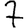
Digit: 7